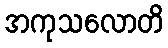
အကုသလောတိ